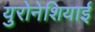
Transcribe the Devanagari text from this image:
युरोनेशियाई